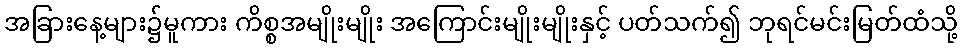
အခြားနေ့များ၌မူကား ကိစ္စအမျိုးမျိုး အကြောင်းမျိုးမျိုးနှင့် ပတ်သက်၍ ဘုရင်မင်းမြတ်ထံသို့